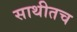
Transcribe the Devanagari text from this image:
साथीतच